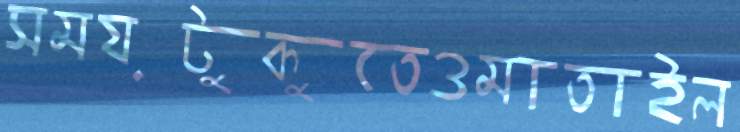
সময়টুকুতেওমাতাইল